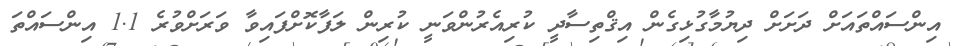
އިންސައްތައަށް ދަށަށް ދިޔުމާގުޅިގެން އިޤްތިސާދީ ކުރިއެރުންވަނީ ކުރިން ލަފާކޮށްފައިވާ ވަރަށްވުރެ 1.1 އިންސައްތަ